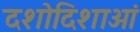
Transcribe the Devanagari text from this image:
दशोदिशाओं